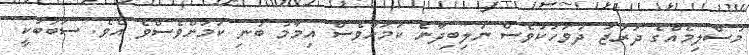
މުސްލިމެއްގެ ދަރަޖަ ދުވަހަކުވެސް ނުލިބިދާނެ ކަމަށްވެސް އިމާމު ބުނި ކަމަށްވެސްވެ އެވެ. ސަބަބަކީ